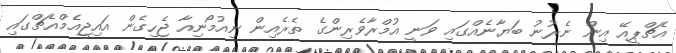
އެޗްޕީއޭ އިން ނެރުނު ބަޔާނެއްގައި ވަނީ އުމްރާވެރިންގެ ތެރެއިން ނިއުމޯނިއާ ޖެހިގެން އައިޖީއެމްއެޗްގައި